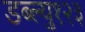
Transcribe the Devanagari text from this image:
डब्ल्यु१२३